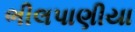
ભીલપાણીયા